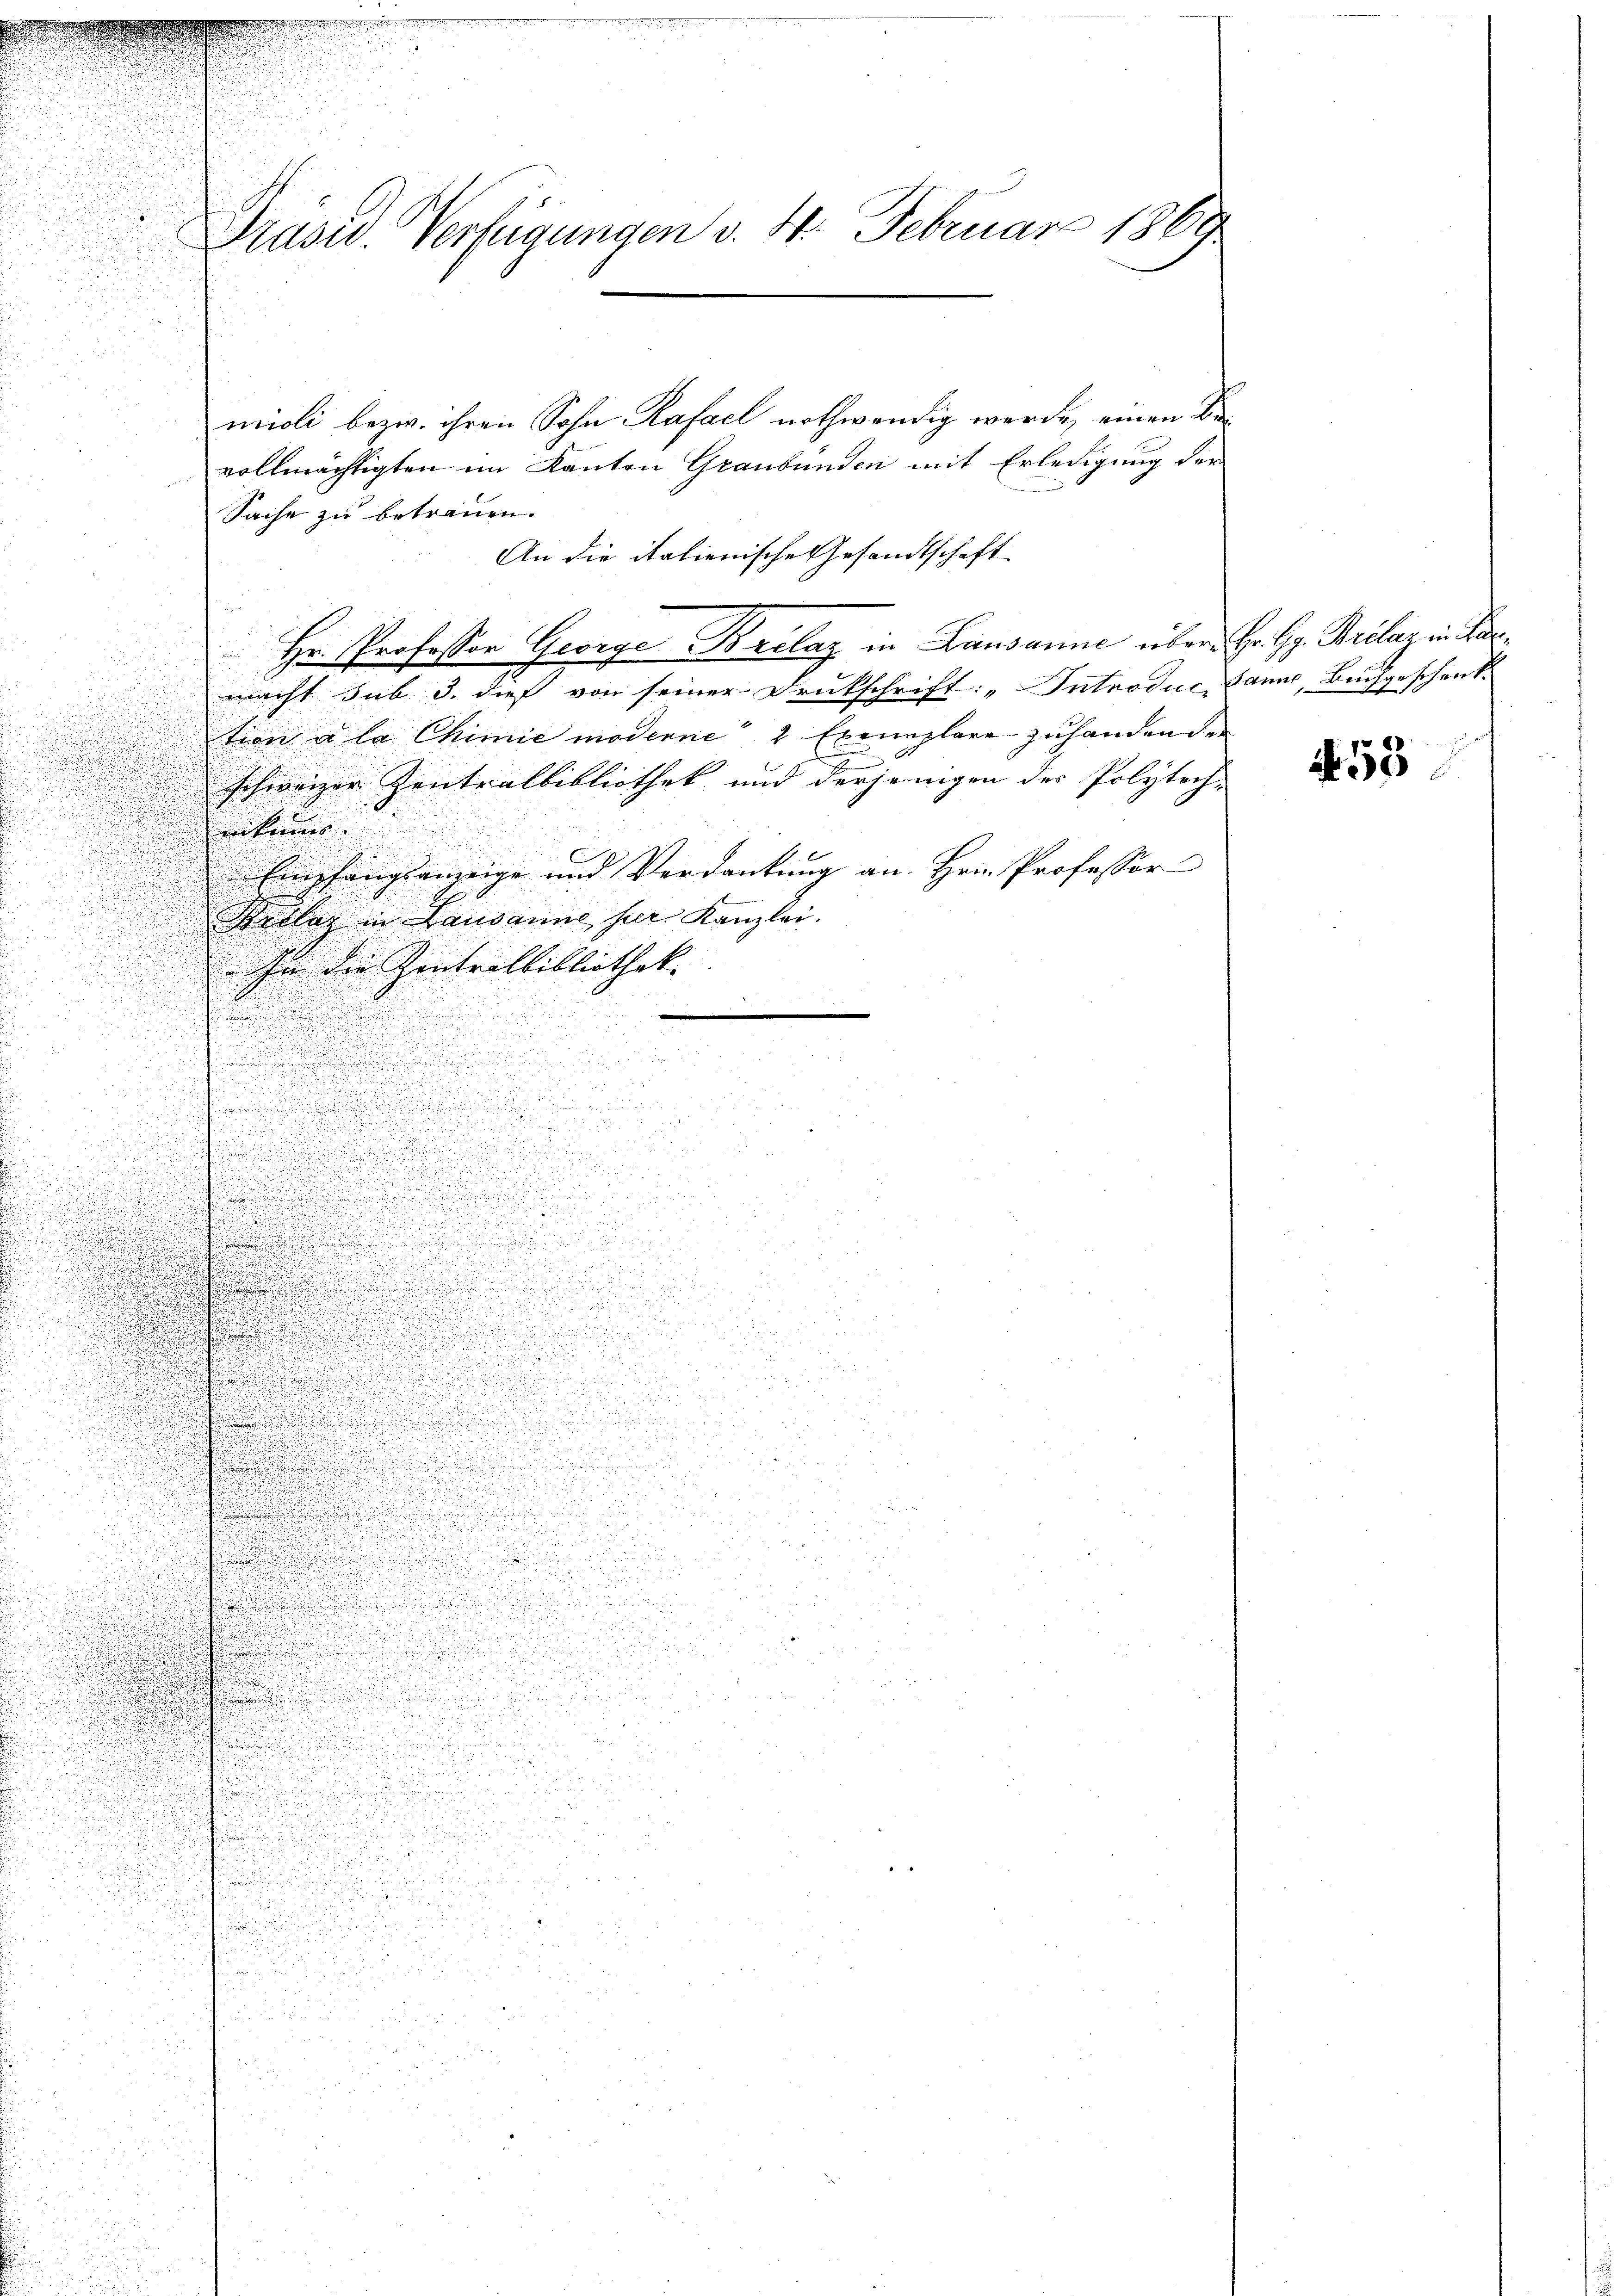
Präsid. Verfügungen v. 4. Februar 1860

i
viol bezw. ihren Sohn Kasall nothwendig werde einen Bevollmächtigten im Kanton Graubünden mit Erledigung der
Sache zu betrauen.
An die italienische Gesandtschaft
Hr. Professor George Brelaz in Lausanne über Hr. Vig. Brelaz in Parmacht sub 3. dies von seiner Drukschrift: „Introduc, Panne, Buchgeschenk

de ton a la Minie moderne 1 Exemplare zuhandenden

schweizer Centralbibliothek und derjenigen der Polytech-
kindes

u
 Empfangsanzeige und Verdankung an Hrn. Professor

.
.
obler in Landann her. Kanzlei.

u
d
n
¬
 in die Centrittibliothek

r
.

u
t

.

n

.
u

g
.

u
u

u

u
n

u

e
u

i
.

 f 8 x

.

u

n

.

äge
3

.

 2

2

 2

da

53